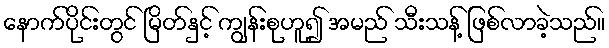
နောက်ပိုင်းတွင် မြိတ်နှင့် ကျွန်းစုဟူ၍ အမည် သီးသန့် ဖြစ်လာခဲ့သည်။